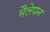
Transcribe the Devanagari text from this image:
मैलेपन